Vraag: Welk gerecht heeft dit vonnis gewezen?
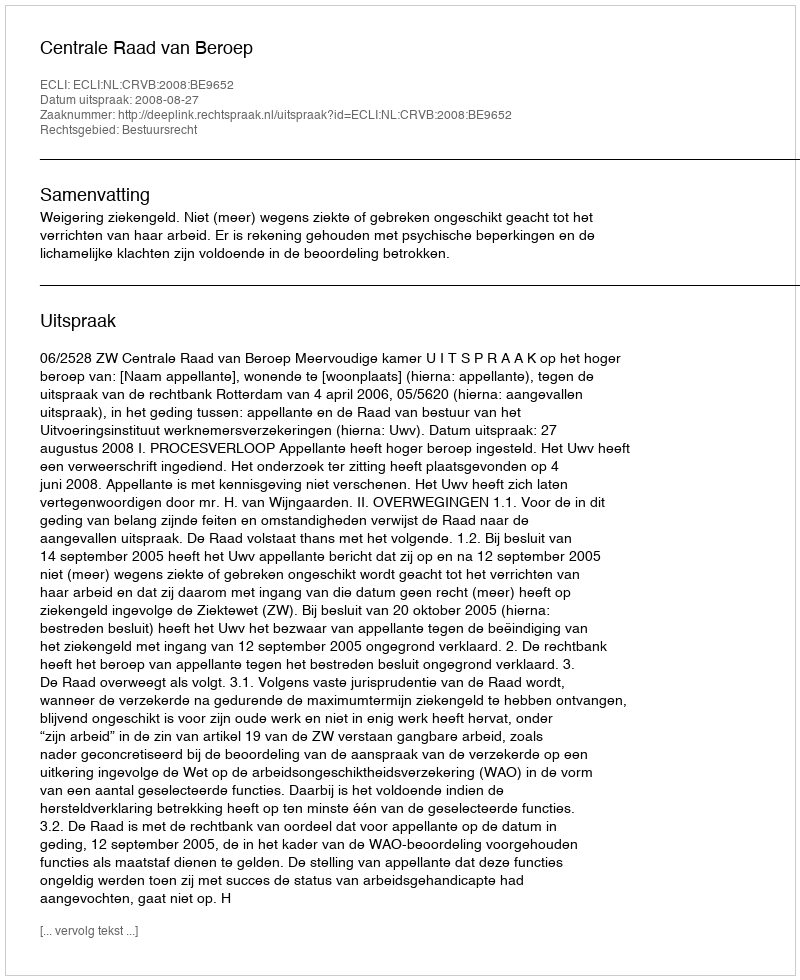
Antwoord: Centrale Raad van Beroep